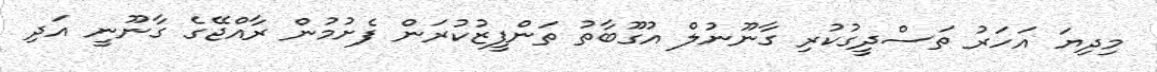
މިދިޔަ އަހަރު ތަސްދީގުކުރި ގާނޫނުލް އުގޫބާތު ތަންފީޒުކުރަން ފެށުމުން ރާއްޖޭގެ ގާނޫނީ އަދި